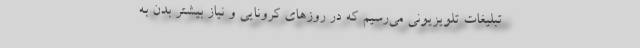
تبلیغات تلویزیونی می‌رسیم که در روزهای کرونایی و نیاز بیشتر بدن به